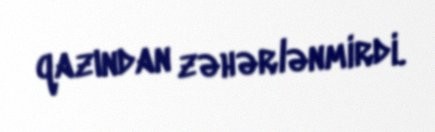
qazından zəhərlənmirdi.